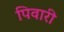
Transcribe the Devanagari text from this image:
पिवारी